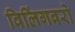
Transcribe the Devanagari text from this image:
विलिंगबरो